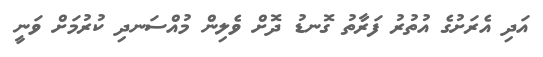
އަދި އެރަށުގެ އުތުރު ފަރާތު ގޮނޑު ދޮށް ވެލިން މުއްސަނދި ކުރުމަށް ވަނީ